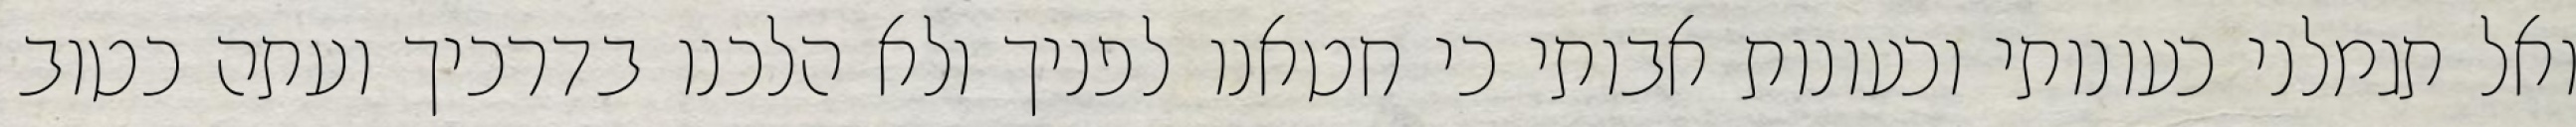
ואל תגמלני כעונותי וכעונות אבותי כי חטאנו לפניך ולא הלכנו בדרכיך ועתה כטוב